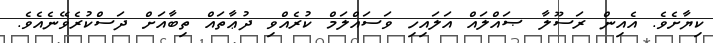
ކިޔާށެވެ. އެއިން ރަސޫލާ ޞައްލައް އަލައިހި ވަސައްލަމް ކުރެއްވި ދުޢާތައް ތިބާއަށް ދަސްކުރެވޭނެއެވެ.